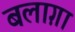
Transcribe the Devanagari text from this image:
बलाग़ा